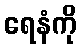
ရေနံကို